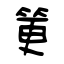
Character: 筻